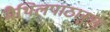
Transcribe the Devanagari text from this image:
मैथिलपाठानुगम्